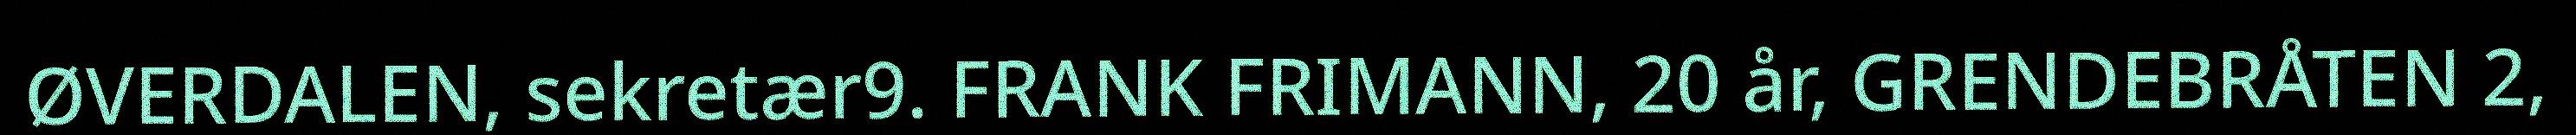
ØVERDALEN, sekretær9. FRANK FRIMANN, 20 år, GRENDEBRÅTEN 2,